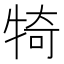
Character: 犄